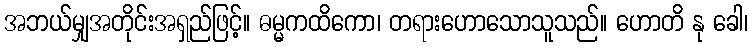
အဘယ်မျှအတိုင်းအရှည်ဖြင့်။ ဓမ္မကထိကော၊ တရားဟောသောသူသည်။ ဟောတိ နု ခေါ၊